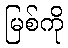
မြစ်ကို